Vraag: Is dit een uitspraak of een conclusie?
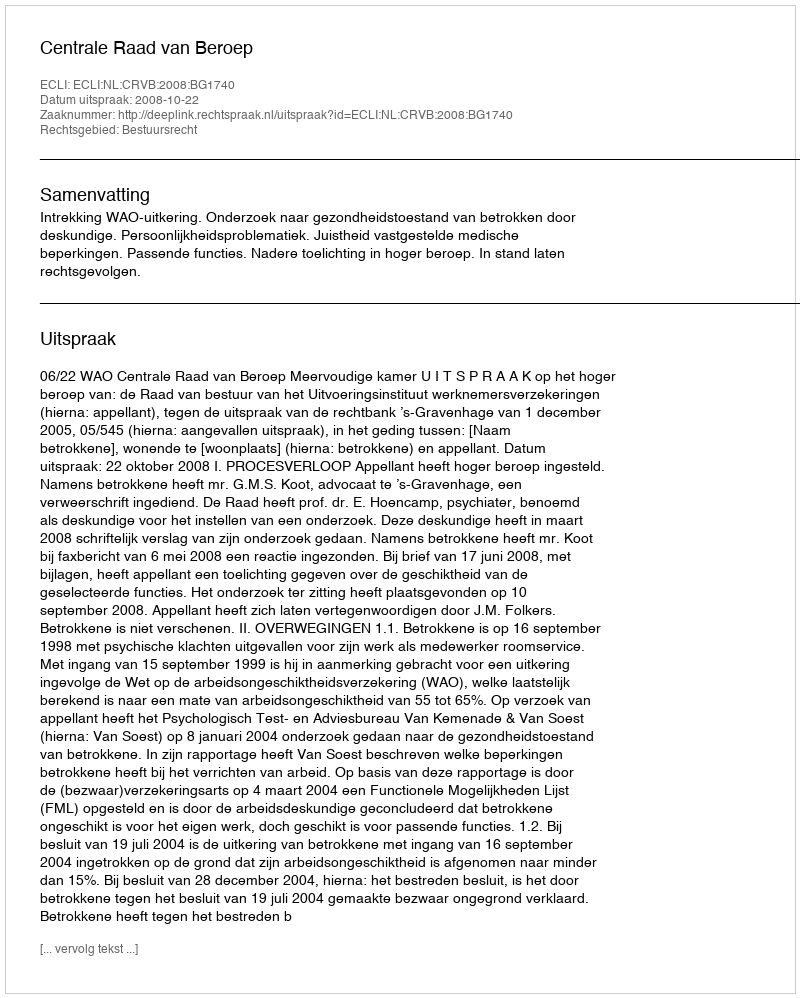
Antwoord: Uitspraak